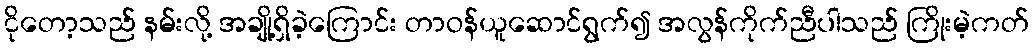
ငိုတော့သည် နမ်းလို့ အချို့ရှိခဲ့ကြောင်း တာဝန်ယူဆောင်ရွက်၍ အလွန်ကိုက်ညီပါသည် ကြိုးမဲ့ကတ်